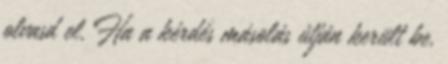
olvasd el. Ha a kérdés másolás útján került be,